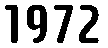
1972